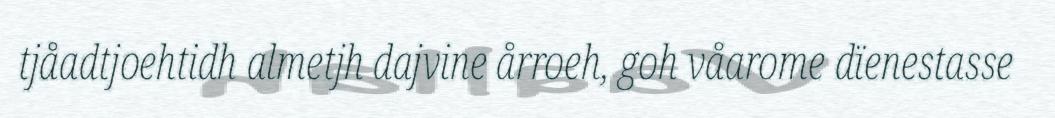
tjåadtjoehtidh almetjh dajvine årroeh, goh våarome dïenestasse